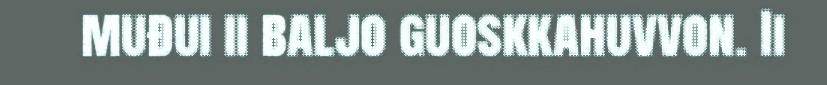
muđui ii baljo guoskkahuvvon. Ii